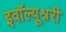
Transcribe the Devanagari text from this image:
इवॉल्यूश्नरी